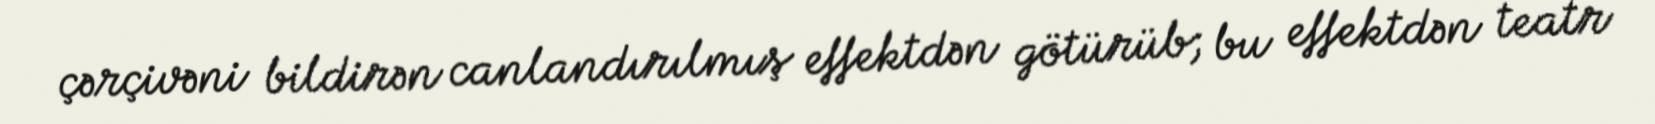
çərçivəni bildirən canlandırılmış effektdən götürüb; bu effektdən teatr